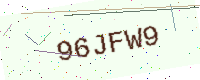
Text: 96JFW9